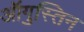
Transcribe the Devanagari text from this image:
ऑगुस्तिन